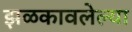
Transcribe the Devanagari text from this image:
झळकावलेल्या